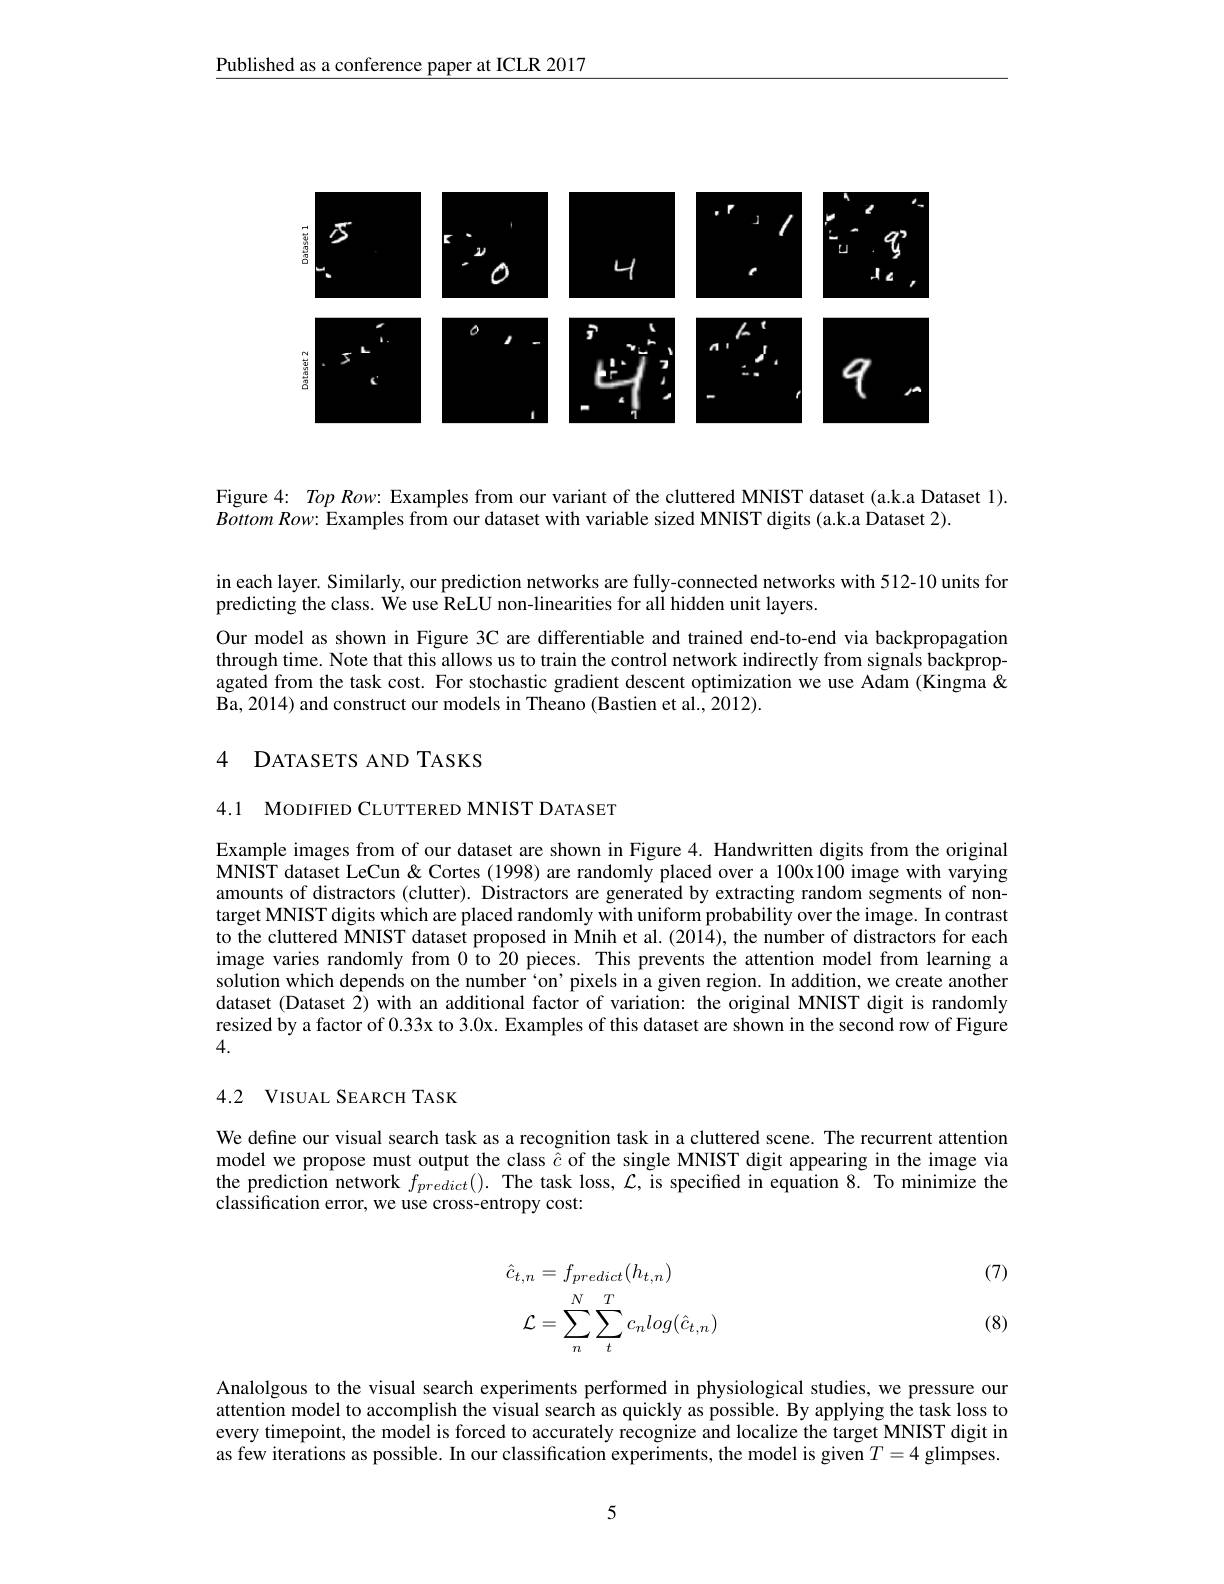
$\underline{\text{Published as a conference paper at ICLR 2017}}$

<FigureHere>

Figure $4: \textit{ Top Row: Examples from our variant of the cluttered MNIST dataset ( a. k. a Dataset 1) . }$
$Bottom\textit{ Row: Examples from our dataset with variable sized MNIST digits ( a. k. a Dataset 2) . }$

in each layer. Similarly, our prediction networks are fully-connected networks with 512-10 units for
predicting the class. We use ReLU non-linearities for all hidden unit layers.

Our model as shown in Figure 3C are differentiable and trained end-to-end via backpropagation through time. Note that this allows us to train the control network indirectly from signals backpropagated from the task cost. For stochastic gradient descent optimization we use Adam (Kingma & Ba, 2014) and construct our models in Theano (Bastien et al., 2012).

## 4 DATASETS AND TASKS

4.1 MODIFIED CLUTTERED MNIST DATASET

Example images from of our dataset are shown in Figure 4. Handwritten digits from the original MNIST dataset LeCun & Cortes (1998) are randomly placed over a $100x100$ image with varying amounts of distractors (clutter). Distractors are generated by extracting random segments of nontarget MNIST digits which are placed randomly with uniform probability over the image. In contrast to the cluttered MNIST dataset proposed in Mnih et al.(2014), the number of distractors for each image varies randomly from 0 to 20 pieces. This prevents the attention model from learning a solution which depends on the number `on' pixels in a given region. In addition, we create another dataset (Dataset 2) with an additional factor of variation: the original MNIST digit is randomly resized by a factor of 0.33x to 3.0x. Examples of this dataset are shown in the second row of Figure 4.

# 4.2 VISUAL SEARCH TASK

We define our visual search task as a recognition task in a cluttered scene. The recurrent attention model we propose must output the class $\tilde{\hat{c}}$ of the single MNIST digit appearing in the image via the prediction network $f_{predict}().$ The task loss, $\mathcal{L}$, is specified in equation 8. To minimize the classification error, we use cross-entropy cost:

(7)
$$\begin{aligned}\hat{c}_{t,n}&=f_{predict}(h_{t,n})\\\mathcal{L}&=\sum_{n}^{N}\sum_{t}^{T}c_{n}log(\hat{c}_{t,n})\end{aligned}$$
(8)

Analolgous to the visual search experiments performed in physiological studies, we pressure our attention model to accomplish the visual search as quickly as possible. By applying the task loss to every timepoint, the model is forced to accurately recognize and localize the target MNIST digit in as few iterations as possible. In our classification experiments, the model is given $T=4$ glimpses.

5